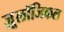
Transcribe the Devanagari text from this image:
ज़ू्लॉजिकल